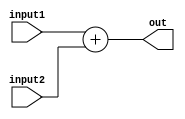
module adder (input1,input2,out);
  input [31:0] input1, input2;
	output [31:0] out;
	assign out=input1+input2;
endmodule